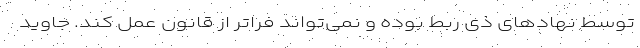
توسط نهادهای ذی ربط بوده و نمی‌تواند فراتر از قانون عمل کند. جاوید